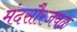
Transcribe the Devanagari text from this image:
मंदसौरजवळ